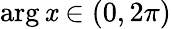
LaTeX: \arg\mathit{x}\in(0,2\pi)